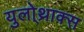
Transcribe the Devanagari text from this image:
युलो्थ्राक्स